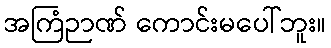
အကြံဉာဏ် ကောင်းမပေါ်ဘူး။